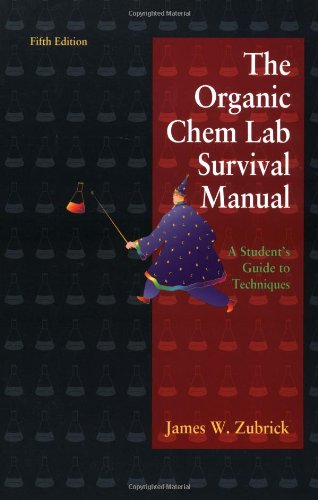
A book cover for The Organic Chem Lab Survival Manual: A Student Guide to Techniques; James W. Zubrick; Science & Math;